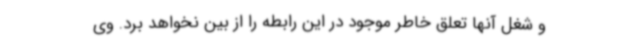
و شغل آنها تعلق خاطر موجود در این رابطه را از بین نخواهد برد. وی